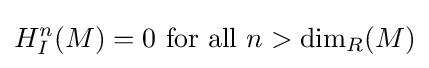
H_{I}^{n}(M)=0{\text{ for all }}n>\dim _{R}(M)